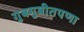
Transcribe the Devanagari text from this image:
गुबगुबीतपणा